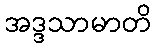
အဒ္ဒသာမာတိ